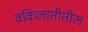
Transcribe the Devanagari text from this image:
वकिलातीतील